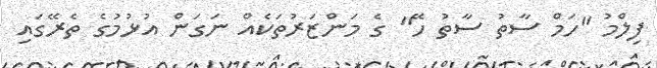
ފިލްމު "ހަމް ސާތު ސާތު ހޭ" ގެ މަންޒަރުތަކެއް ނަގަން އުޅުމުގެ ތެރޭގައި